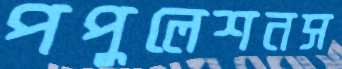
পপুলেশনস